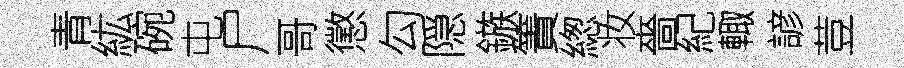
青紘碗屯尸哥懲勾隠鏃簀緫妆嗇紀輙諺荳